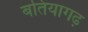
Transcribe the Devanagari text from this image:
बतियागढ़